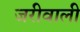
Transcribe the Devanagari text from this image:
जरीवाली